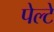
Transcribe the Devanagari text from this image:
पेल्टे